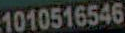
1010516546